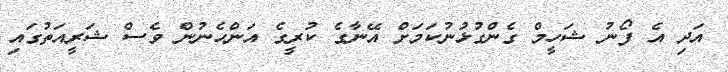
އަދި އެ ފޯނު ޝަހީމް ގެންގުޅުނުކަމަށް އޭނާގެ ކުރީގެ އަންހެނުން ވެސް ޝަރީއަތުގައި